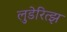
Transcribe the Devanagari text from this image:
लुडेरित्झ